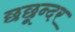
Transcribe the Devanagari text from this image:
छछून्दर